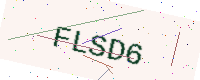
Text: FLSD6